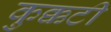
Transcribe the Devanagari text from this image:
कुक्कटी